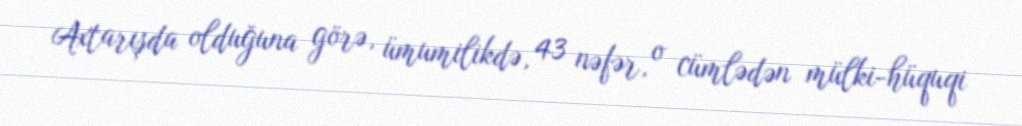
Axtarışda olduğuna görə, ümumilikdə, 43 nəfər, o cümlədən mülki-hüquqi